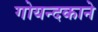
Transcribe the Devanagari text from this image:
गोयन्‍दकाने